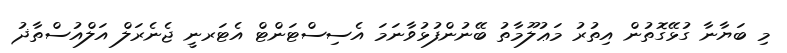
މި ބަޔާނާ ގުޅޭގޮތުން އިތުރު މަޢުލޫމާތު ބޭނުންފުޅުވާނަމަ އެސިސްޓަންޓް އެޓަރނީ ޖެނެރަލް އަލްއުސްތާޛު